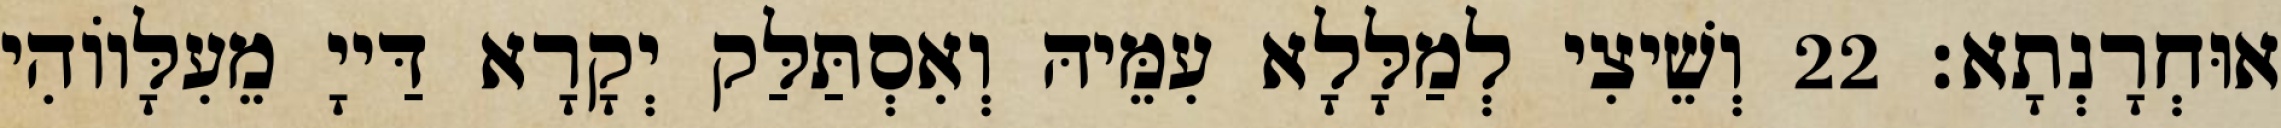
אוּחְרָנְתָא׃ 22 וְשֵׁיצִי לְמַלָּלָא עִמֵּיהּ וְאִסְתַּלַּק יְקָרָא דַּייָ מֵעִלָּווֹהִי